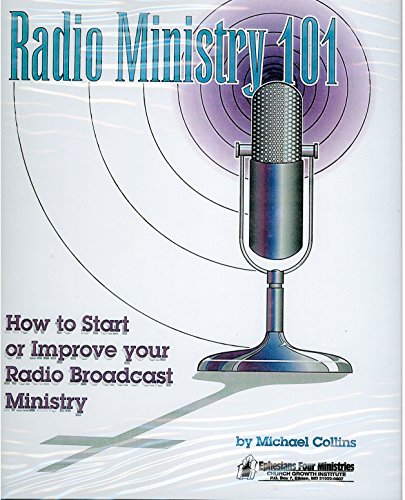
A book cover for Radio Ministry 101: How To Start Or Improve Your Radio Broadcast Ministry; Mike Collins; Christian Books & Bibles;